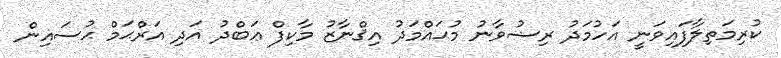
ކުރިމަތިލާފައިވަނީ އަހުމަދު ރިޟުވާނު މުޙައްމަދު އިޤްނާޒު މާކިފް ޢަބްދު އަދި އަރްޙަމް ޙުސައިން